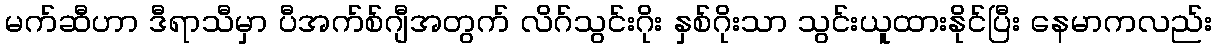
မက်ဆီဟာ ဒီရာသီမှာ ပီအက်စ်ဂျီအတွက် လိဂ်သွင်းဂိုး နှစ်ဂိုးသာ သွင်းယူထားနိုင်ပြီး နေမာကလည်း